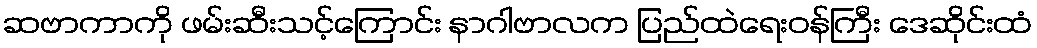
ဆဗာကာကို ဖမ်းဆီးသင့်ကြောင်း နာဂါဗာလက ပြည်ထဲရေးဝန်ကြီး ဒေဆိုင်းထံ